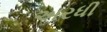
અરધી